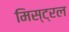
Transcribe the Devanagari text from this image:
मिस्ट्रल